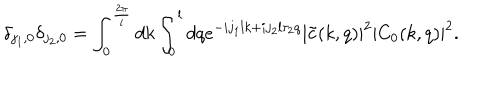
\delta _ { j _ { 1 } , 0 } \delta _ { j _ { 2 } , 0 } = \int _ { 0 } ^ { \frac { 2 \pi } { l } } d k \int _ { 0 } ^ { l } d q e ^ { - i j _ { 1 } l k + i j _ { 2 } l \tau _ { 2 } q } | \tilde { c } ( k , q ) | ^ { 2 } | C _ { 0 } ( k , q ) | ^ { 2 } .